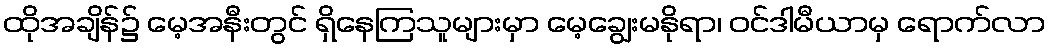
ထိုအချိန်၌ မေ့အနီးတွင် ရှိနေကြသူများမှာ မေ့ချွေးမနိုရာ၊ ဝင်ဒါမီယာမှ ရောက်လာ